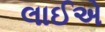
લાઈએ